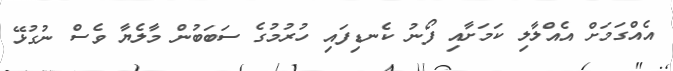
އެއްގަމަށް އެއްލާލި ކަމަށާއި ފޯނު ކެނޑިފައި ހުރުމުގެ ސަބަބުން މާލެޔާ ވެސް ނުގުޅޭ